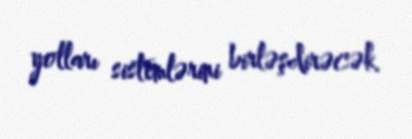
yolları sistemlərini birləşdirəcək.